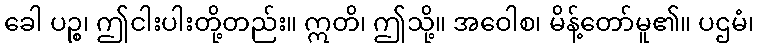
ခေါ ပဉ္စ၊ ဤငါးပါးတို့တည်း။ ဣတိ၊ ဤသို့။ အဝေါစ၊ မိန့်တော်မူ၏။ ပဌမံ၊